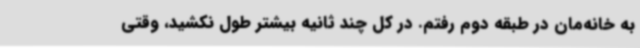
به خانه‌مان در طبقه دوم رفتم. در کل چند ثانیه بیشتر طول نکشید، وقتی